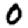
Digit: 0